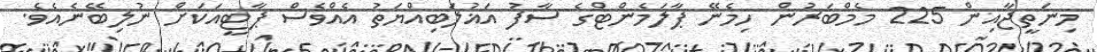
މިނަތީޖާއިން 225 މެމްބަރުން ހިމެނޭ ޕާލަމެންޓްގެ ސާފު އަޣުލަބިއްޔަތު އެއްވެސް ޕާޓީއަކަށް ނުލިބޭނެއެވެ.